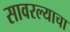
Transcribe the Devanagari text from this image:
सावरल्याचा